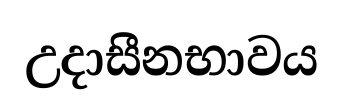
උදාසීනභාවය